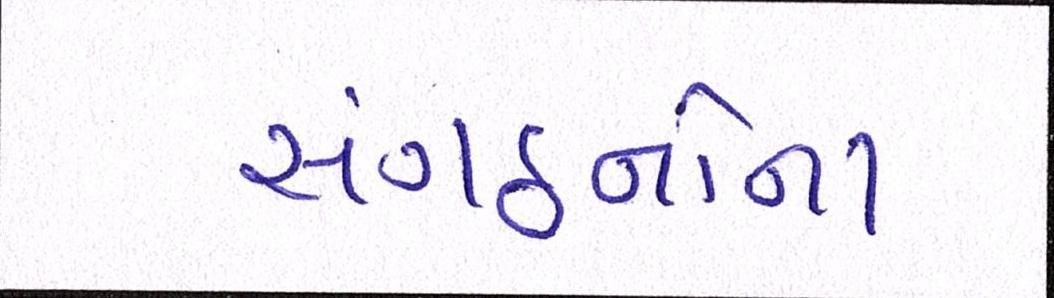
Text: સંગઠનોના